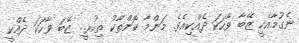
ނެގުމާއެކީ ޒޭބާ ވާހަކަ ދެއްކިއެވެ. މަންމާ ކޮންތާކު ތިހުރީ.. ޒޭބަ ވާހަކަ ދެއްކީ